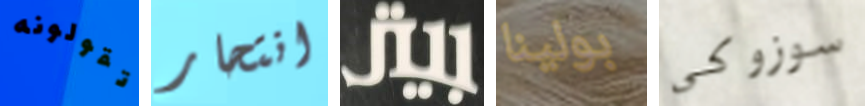
تقولونه انتحار بيتر بولينا سوزوكي